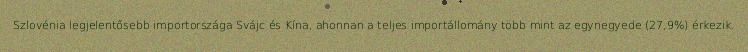
Szlovénia legjelentősebb importországa Svájc és Kína, ahonnan a teljes importállomány több mint az egynegyede (27,9%) érkezik.